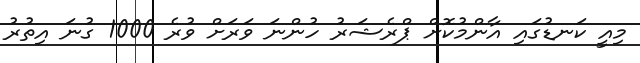
މިއީ ކަނޑުގައި އާންމުކޮށް ޕްރެޝަރު ހުންނަ ވަރަށް ވުރެ 1000 ގުނަ އިތުރު